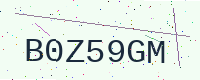
Text: B0Z59GM